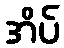
အိပ်